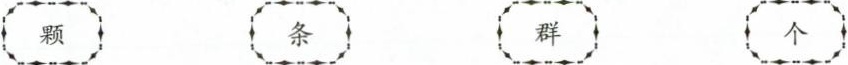
颗 条 群 个